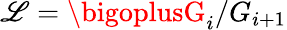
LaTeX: \mathscr{L}=\bigoplusG_{i}/G_{i+1}